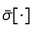
\bar { \sigma } [ \cdot ]